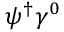
\psi ^ { \dagger } \gamma ^ { 0 }